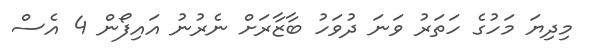
މިދިޔަ މަހުގެ ހަތަރު ވަނަ ދުވަހު ބާޒާރަށް ނެރުނު އައިފޯން 4 އެސް